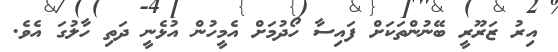
އިރު ޒަރޫރީ ބޭނުންތަކަށް ފައިސާ ހޯދުމަށް އެމީހުން އުޅެނީ ދަތި ހާލުގަ އެވެ.